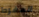
المفرط